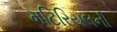
મટિરિયલની